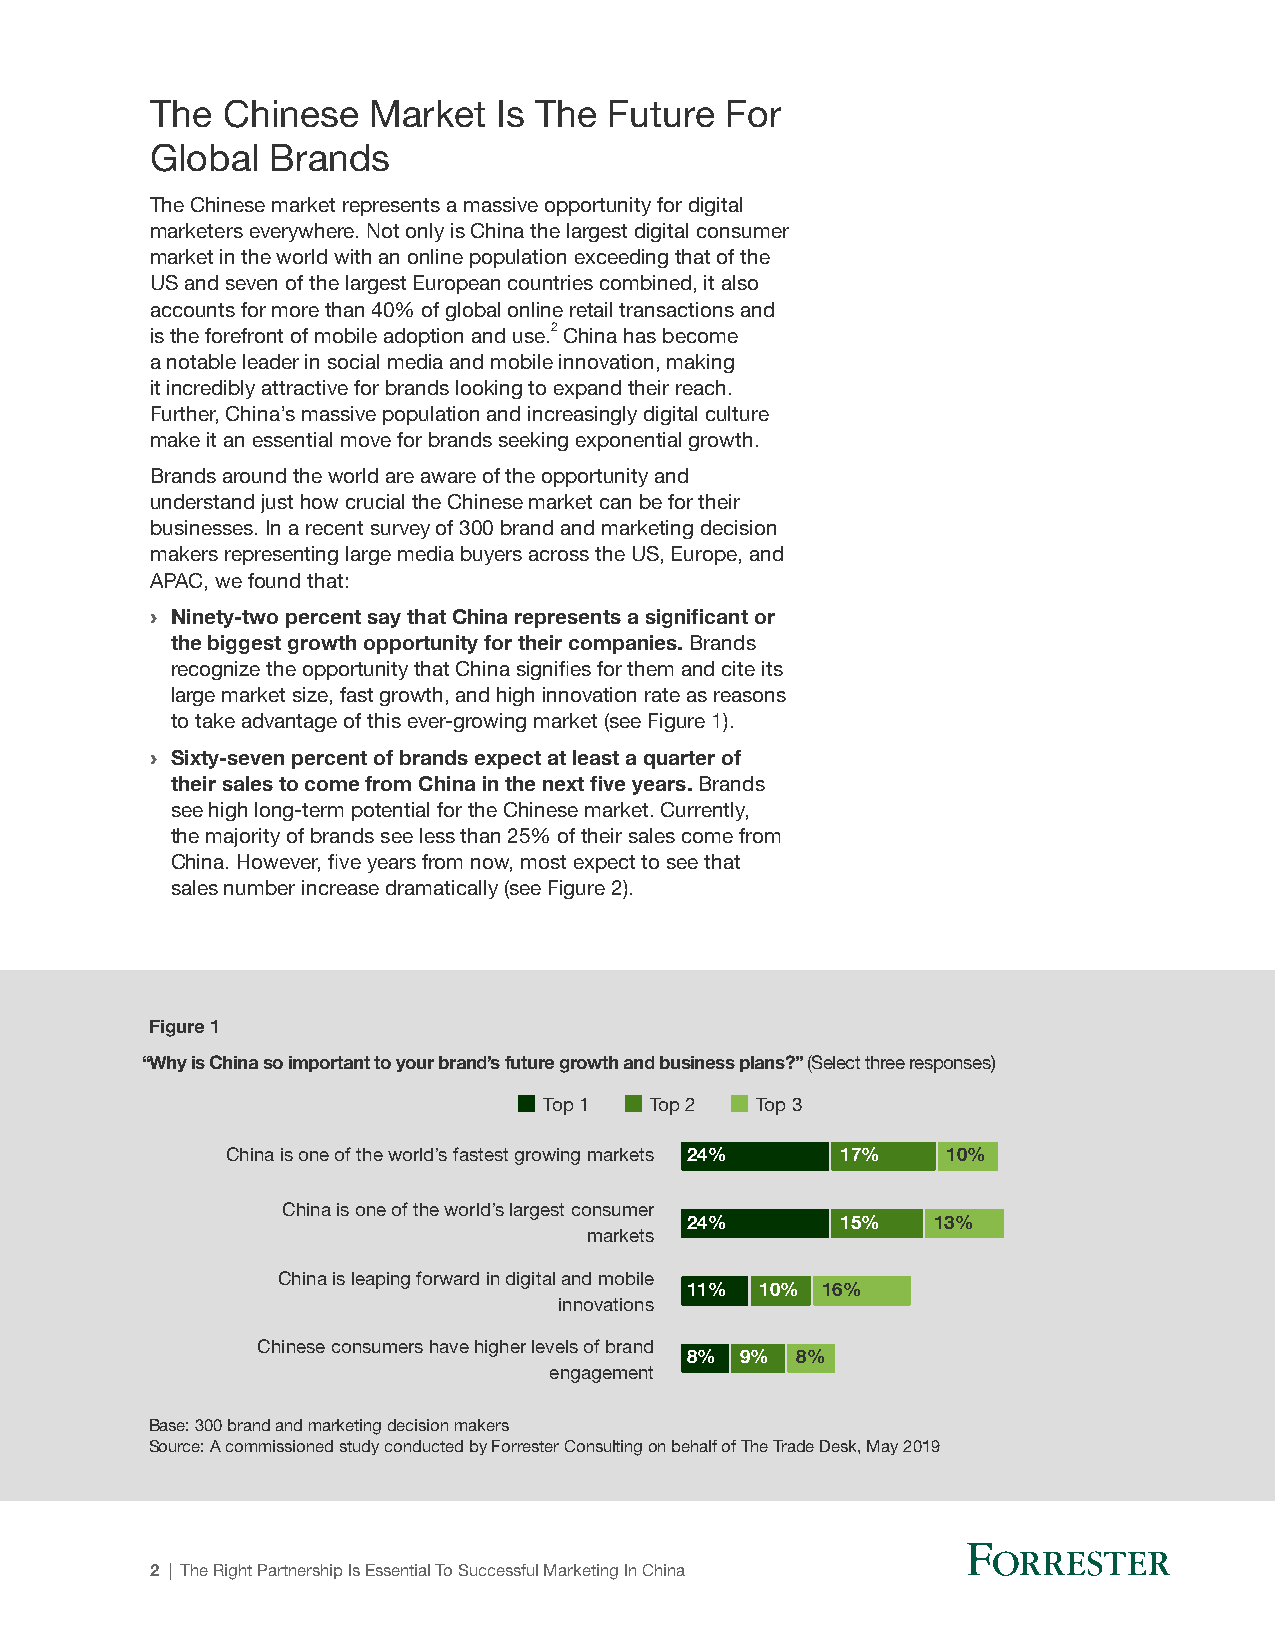
The  Chinese  Market   Is The Future  For
 Global  Brands
 The Chinese market represents a massive opportunity for digital
 marketers everywhere. Not only is China the largest digital consumer
 market in the world with an online population exceeding that of the
 US and seven of the largest European countries combined, it also
 accounts for more than 40% of global online retail transactions and
 is the forefront of mobile adoption and use.2 China has become
 a notable leader in social media and mobile innovation, making
 it incredibly attractive for brands looking to expand their reach.
 Further, China’s massive population and increasingly digital culture
 make it an essential move for brands seeking exponential growth.
 Brands around the world are aware of the opportunity and
 understand just how crucial the Chinese market can be for their
 businesses. In a recent survey of 300 brand and marketing decision
 makers representing large media buyers across the US, Europe, and
 APAC, we found that:
 › Ninety-two percent say that China represents a significant or
 the biggest growth opportunity for their companies. Brands
 recognize the opportunity that China signifies for them and cite its
 large market size, fast growth, and high innovation rate as reasons
 to take advantage of this ever-growing market (see Figure 1).
 › Sixty-seven percent of brands expect at least a quarter of
 their sales to come from China in the next five years. Brands
 see high long-term potential for the Chinese market. Currently,
 the majority of brands see less than 25% of their sales come from
 China. However, five years from now, most expect to see that
 sales number increase dramatically (see Figure 2).
 Figure 1
 Full page
 “Why is China so important to your brand’s future growth and business plans?” (Select three responses)
 Top 1  Top 2  Top 3
 China is one of the world’s fastest growing markets 24% 17% 10%
 China is one of the world’s largest consumer
 24%        15%   13%
 markets
 China is leaping forward in digital and mobile
 11%  10% 16%
 innovations
 Chinese consumers have higher levels of brand
 8%  9%  8%
 engagement
 Maximum Height
 Base: 300 brand and marketing decision makers
 Source: A commissioned study conducted by Forrester Consulting on behalf of The Trade Desk, May 2019
 2 | The Right Partnership Is Essential To Successful Marketing In China
 1/2 page
 Minimum Height